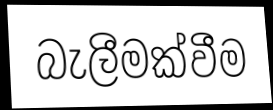
බැලීමක්වීම